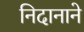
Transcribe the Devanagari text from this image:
निदानाने